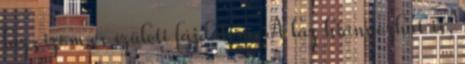
láz, izom és ízületi fájdalom. A láz hiányozhat is,